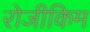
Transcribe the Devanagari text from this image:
रोजीकिम